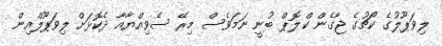
ލިވަޕޫލުގެ ކޯޗުގެ ޖާގެން ކްލޮޕް ބުނީ ނަމަވެސް މިރޭ ސެވިއްޔާއާ ދެކޮޅަށް ލިވަޕޫލްއިން